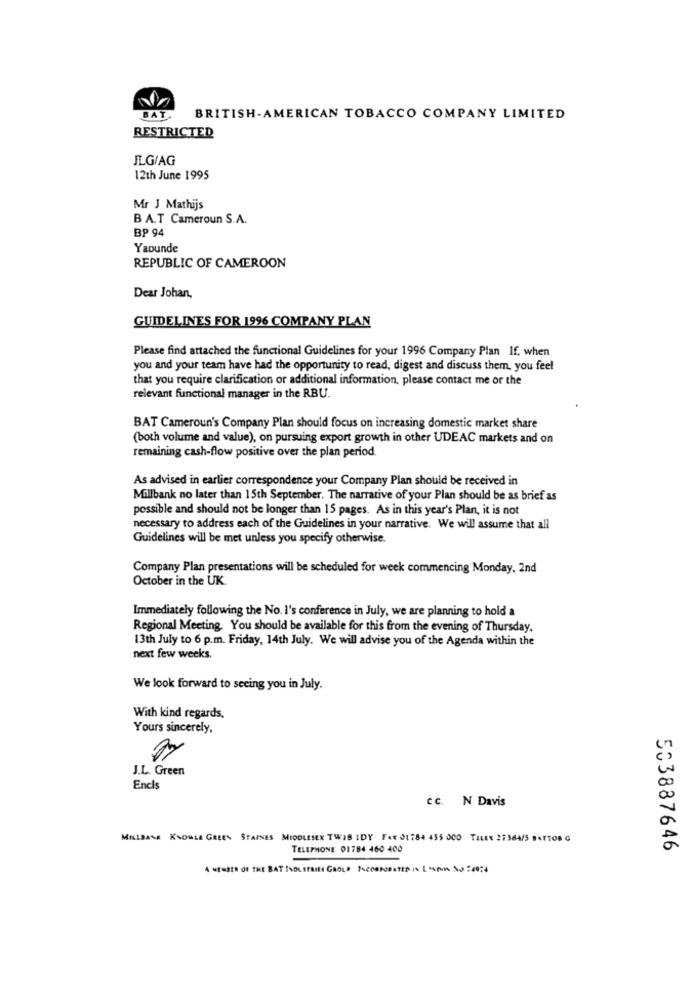
BAT.
BRITISH-AMERICAN TOBACCO COMPANY LIMITED
RESTRICTED
JLG/AG
12th June 1995
Mr J Mathijs
BA.T Cameroun S.A.
BP 94
Yaounde
REPUBLIC OF CAMEROON
Dear Johan,
GUIDELINES FOR 1996 COMPANY PLAN
Please find attached the functional Guidelines for your 1996 Company Plan If. when
you and your team have had the opportunity to read, digest and discuss them, you feel
that you require clarification or additional information, please contact me or the
relevant functional manager in the RBU.
BAT Cameroun's Company Plan should focus on increasing domestic market share
(both volume and value), on pursuing export growth in other UDEAC markets and on
remaining cash-flow positive over the plan period.
As advised in earlier correspondence your Company Plan should be received in
Millbank no later than 15th September. The narrative of your Plan should be as brief as
possible and should not be longer than 15 pages. As in this year's Plan, it is not
necessary to address each of the Guidelines in your narrative. We will assume that all
Guidelines will be met unless you specify otherwise.
Company Plan presentations will be scheduled for week commencing Monday, 2nd
October in the UK.
Immediately following the No. I's conference in July, we are planning to hold a
Regional Meeting You should be available for this from the evening of Thursday,
13th July to 6 p.m. Friday, 14th July. We will advise you of the Agenda within the
next few weeks.
We look forward to seeing you in July.
With kind regards.
Yours sincerely,
J.L. Green
Encls
cc. N Davis
MILLBANK KNOWLE GREEN STAINES MIDDLESEX TWIS IDY FAX 01784 455 000 TALE 27364/5 BATTO8 G
TELEPHONE 01784 460 400
503887646
A WESSER OF THE BAT INDUSTRIES GAOLD INCORPORATED IN [ SANA NO :49:4